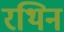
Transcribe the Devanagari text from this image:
रथिन